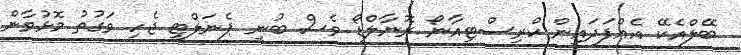
ބޭލްއެކޭ އެއްފަދައިން ކްރިސްޓިއާނޯ ރޮނާލްޑޯ ވެސް ބުނީ ޕެނަލްޓީ ޖެހި ވަގުތު މޮޅުވާން